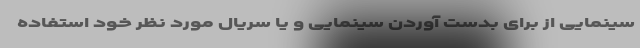
سینمایی از برای بدست آوردن سینمایی و یا سریال مورد نظر خود استفاده